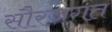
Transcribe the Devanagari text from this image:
सौरजगत